Annual report of the Punjab Veterinary College and of the Civil Veterinary Department, Punjab - 1920-1925
Year: 1920
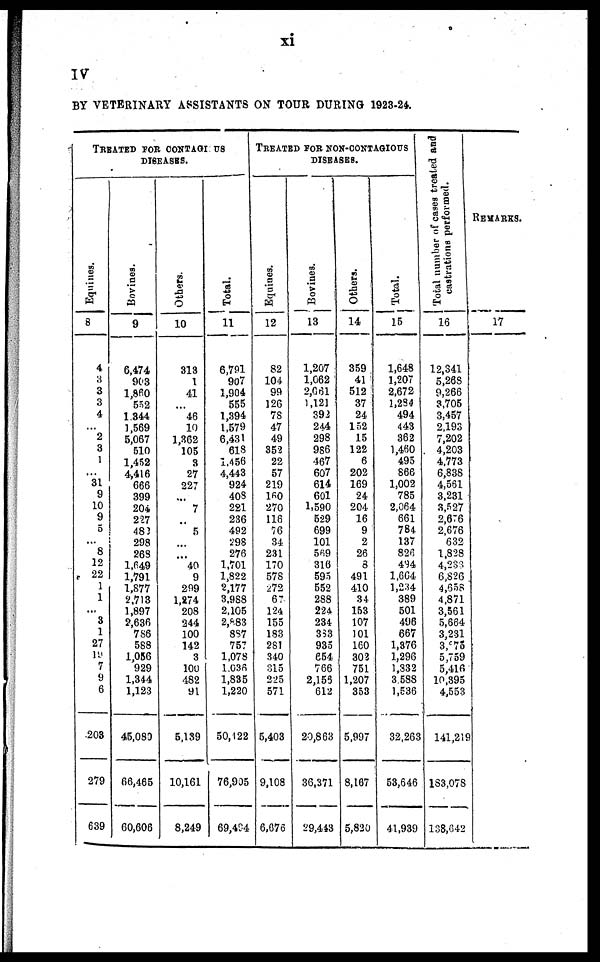
xi
IV
BY VETERINARY ASSISTANTS ON TOUR DURING 1928-24.
TREATED FOR CONTAGI US
Equines.
8
4
3
3
3
4
2
3
1
...
31
9
10
9
5
...
8
12
22
1
1
...
3
1
27
15
7
9
6
208
279
639
DISEASES.
Bovines.
9
6,474
9(3
1,860
552
1,344
1,569
5,067
510
1,452
4,416
666
399
204
227
483
298
263
1,649
1,791
1,877
2,713
1,897
?,636
786
588
1,056
929
1,344
1,123
45,080
66,485
60,606
Others.
10
318
1
41
...
46
10
1,362
105
3
27
227
...
7
...
5
...
...
40
9
299
1,274
208
244
100
142
3
100
482
91
5,139
10,161
8,249
Total.
11
6,791
907
1,904
555
1,394
1.579
6,431
618
1.456
4,443
924
408
221
236
492
298
276
1,701
1,822
2,177
3,988
2,105
2,883
8S7
757
1,078
1,036
1,835
1,220
50,122
76,905
69,404
TREATED FOR NON-CONTAGIOUS
Equities.
12
82
104
99
126
78
47
49
352
22
57
219
160
270
116
76
34
231
170
578
272
67
124
155
183
281
340
315
225
571
5,403
9,108
6,076
DISEASES.
Bovines.
13
1,207
1,062
2,661
1,121
393
244
298
986
467
607
614
601
1,590
529
699
101
569
316
595
552
288
224
234
353
935
654
766
2,153
612
20,863
36,371
29,443
Others.
14
359
41
512
37
24
152
15
122
6
202
169
24
204
16
9
2
26
8
491
410
34
153
107
101
160
303
751
1,207
353
5,997
8,167
5,830
Total.
15
1,648
1,207
2,672
1,234
494
443
362
1,460
495
866
1,002
785
2,064
661
784
137
826
494
1.664
1,234
389
501
496
667
1,876
1,296
1,332
3 588
1,636
32,263
53,646
41,939
Total number of cases treated and
castrations performed.
16
12,341
5,268
9,266
3,705
3,457
2,193
7,202
4,203
4.773
6,838
4,561
3,231
3,527
2,6:6
2,676
632
1,828
4,233.
6,826
4,658
4,871
3,561
5,664
3,231
3,575
5,759
5,416
10,395
4,553
141,219
183,078
138,642
REMARKS.
17